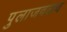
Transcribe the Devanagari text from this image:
पुलाजवळच